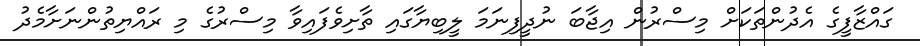
ގައްޒާފީގެ އެދުންތަކަށް މިސްރުން އިޖާބަ ނުދީފިނަމަ ލީބިޔާގައި ތާށިވެފައިވާ މިސްރުގެ މި ރައްޔިތުންނަށާމެދު